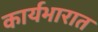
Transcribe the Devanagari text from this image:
कार्यभारात